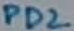
Text: PD2